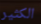
الكثير